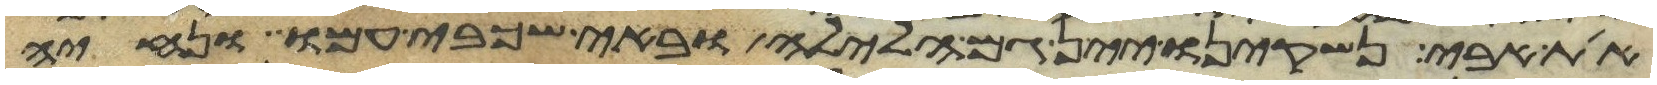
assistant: את אבי נשקינו יין גם הלילה ובאי שכבי עמו ונחיה